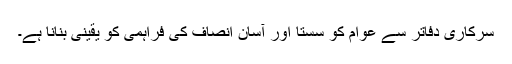
سرکاری دفاتر سے عوام کو سستا اور آسان انصاف کی فراہمی کو یقینی بنانا ہے۔